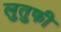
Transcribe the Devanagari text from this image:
लुतुफी